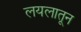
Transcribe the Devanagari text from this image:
लयलातून